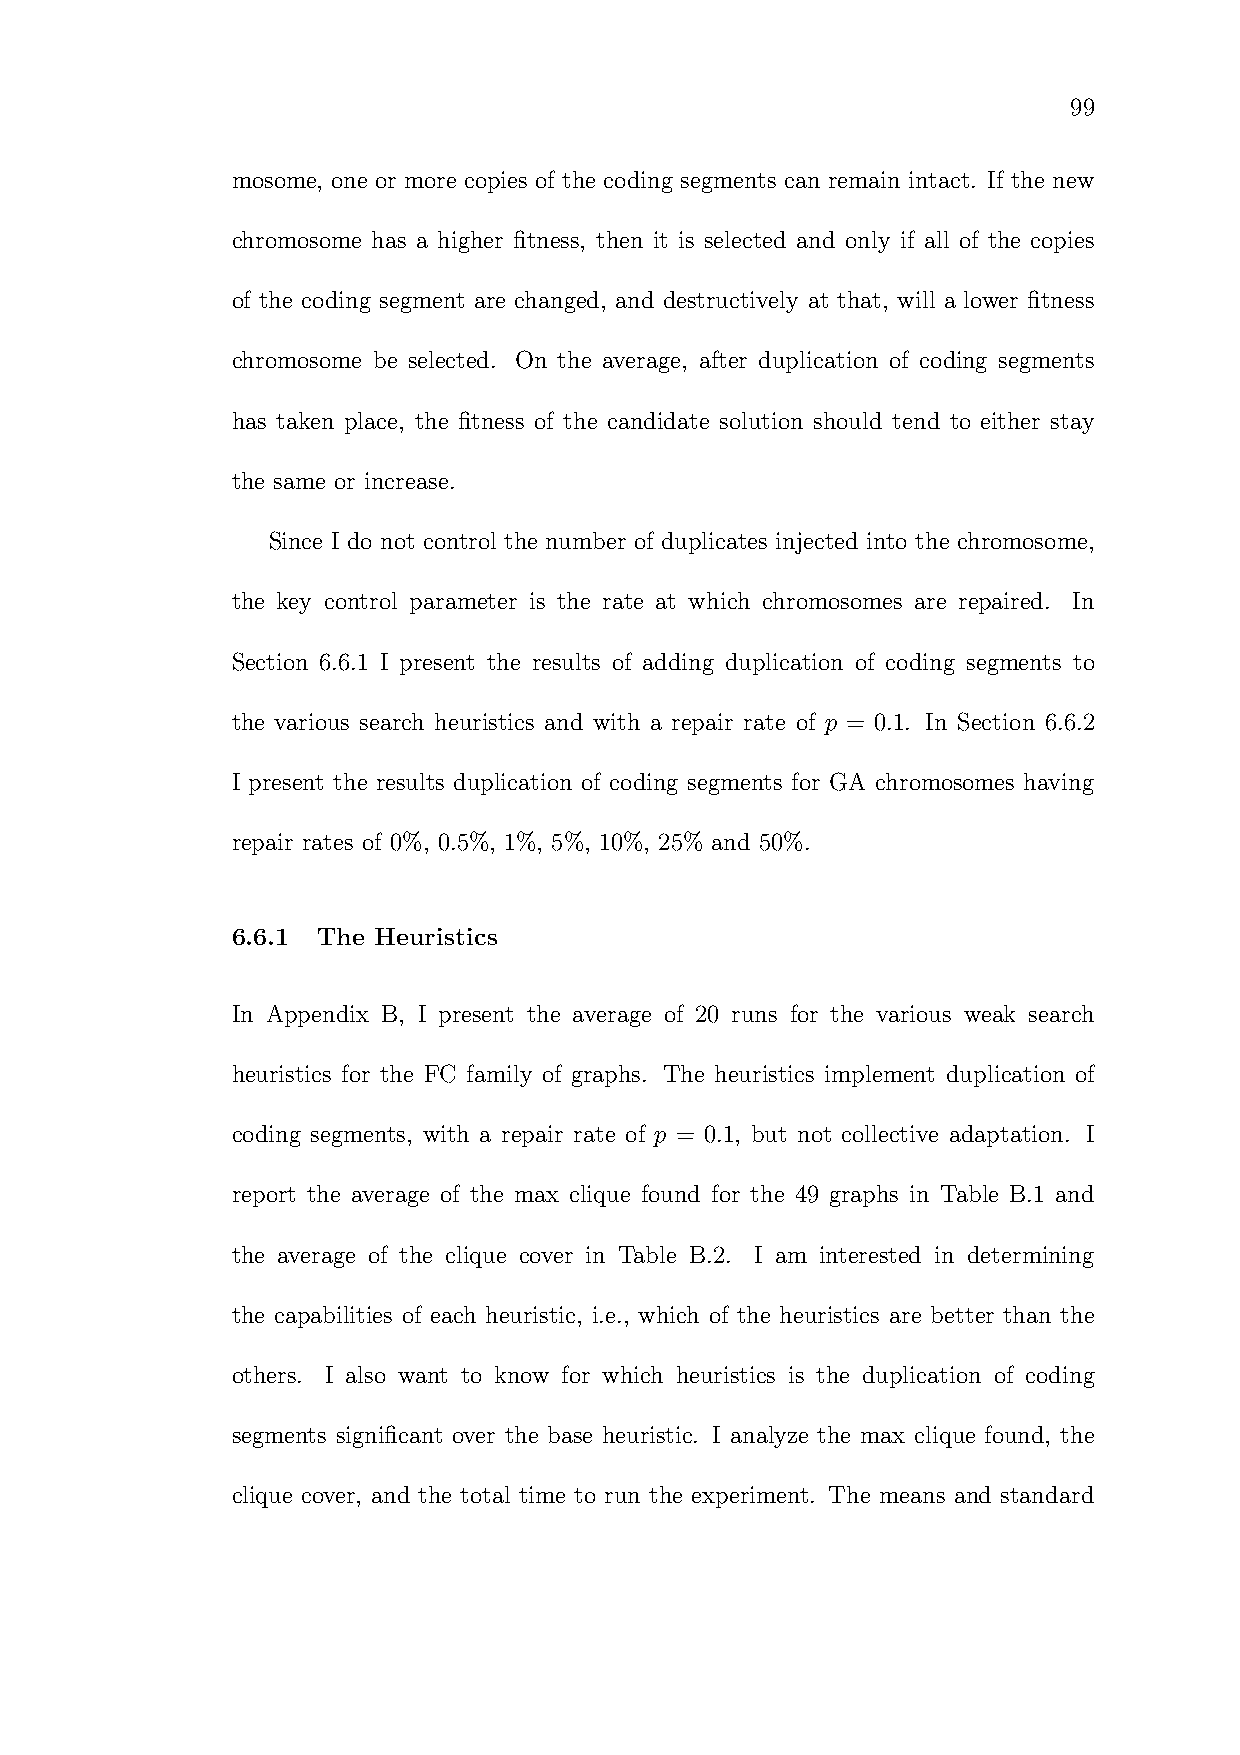
99
 mosome, one or more copies of the coding segments can remain intact. If the new
 chromosome has a higher fitness, then it is selected and only if all of the copies
 of the coding segment are changed, and destructively at that, will a lower fitness
 chromosome be selected. On the average, after duplication of coding segments
 has taken place, the fitness of the candidate solution should tend to either stay
 the same or increase.
 Since I do not control the number of duplicates injected into the chromosome,
 the key control parameter is the rate at which chromosomes are repaired. In
 Section 6.6.1 I present the results of adding duplication of coding segments to
 the various search heuristics and with a repair rate of p = 0.1. In Section 6.6.2
 I present the results duplication of coding segments for GA chromosomes having
 repair rates of 0%, 0.5%, 1%, 5%, 10%, 25% and 50%.
 6.6.1 The Heuristics
 In Appendix B, I present the average of 20 runs for the various weak search
 heuristics for the FC family of graphs. The heuristics implement duplication of
 coding segments, with a repair rate of p = 0.1, but not collective adaptation. I
 report the average of the max clique found for the 49 graphs in Table B.1 and
 the average of the clique cover in Table B.2. I am interested in determining
 the capabilities of each heuristic, i.e., which of the heuristics are better than the
 others. I also want to know for which heuristics is the duplication of coding
 segments significant over the base heuristic. I analyze the max clique found, the
 clique cover, and the total time to run the experiment. The means and standard